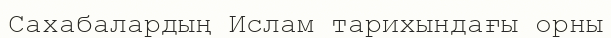
Сахабалардың Ислам тарихындағы орны